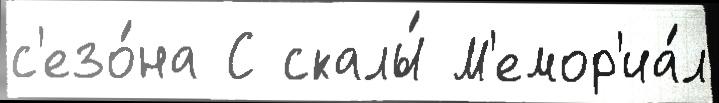
с'езо́на С скалы́ М'емор'иа́л